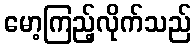
မော့ကြည့်လိုက်သည်